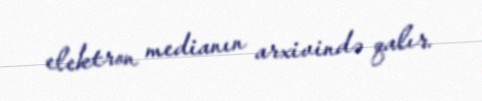
elektron medianın arxivində qalır.